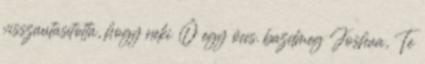
visszautasította, hogy neki Ő egy öccs. bazdmeg Joshua, Te